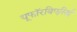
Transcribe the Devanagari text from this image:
यूफॉरबिएसिई